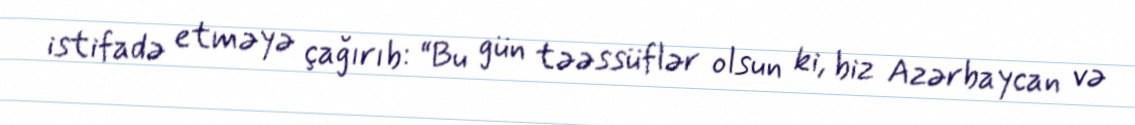
istifadə etməyə çağırıb: “Bu gün təəssüflər olsun ki, biz Azərbaycan və